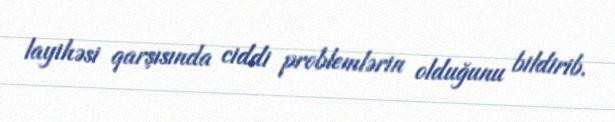
layihəsi qarşısında ciddi problemlərin olduğunu bildirib.